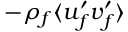
- \rho _ { f } \langle u _ { f } ^ { \prime } v _ { f } ^ { \prime } \rangle